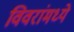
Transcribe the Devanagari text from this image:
विवरांमध्ये